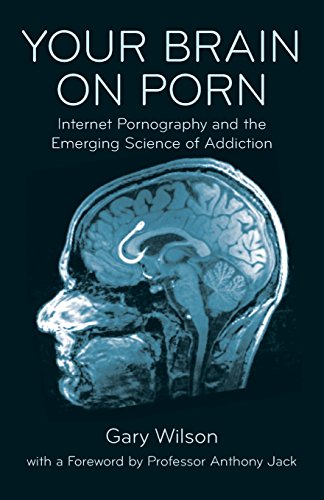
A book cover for Your Brain on Porn: Internet Pornography and the Emerging Science of Addiction; Gary Wilson; Health, Fitness & Dieting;